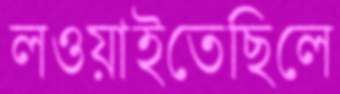
লওয়াইতেছিলে